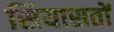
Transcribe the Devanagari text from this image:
सियासतों